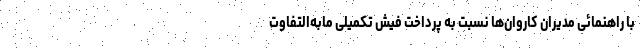
با راهنمائی مدیران کاروان‌ها نسبت به پرداخت فیش تکمیلی مابه‌التفاوت